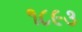
૧૮૯૩